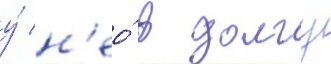
у́ н'ео́ в долгу